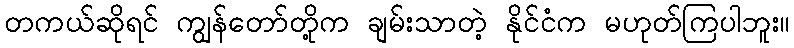
တကယ်ဆိုရင် ကျွန်တော်တို့က ချမ်းသာတဲ့ နိုင်ငံက မဟုတ်ကြပါဘူး။